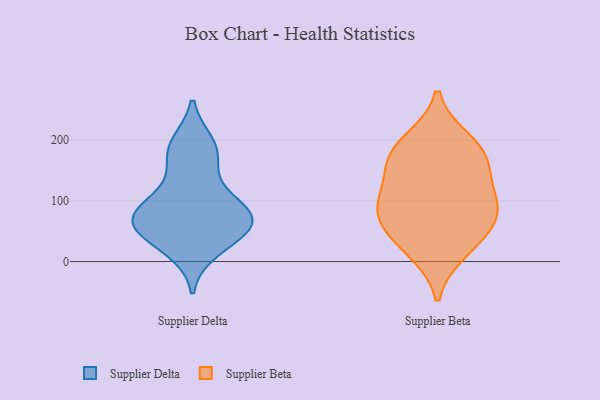
{"axis": {"x": "Backlog", "y": "Value"}, "legend": ["Supplier Beta", "Supplier Delta"], "data": [{"x": "", "y": 73, "type": "Supplier Delta"}, {"x": "", "y": 193, "type": "Supplier Delta"}, {"x": "", "y": 70, "type": "Supplier Delta"}, {"x": "", "y": 34, "type": "Supplier Delta"}, {"x": "", "y": 125, "type": "Supplier Delta"}, {"x": "", "y": 91, "type": "Supplier Delta"}, {"x": "", "y": 60, "type": "Supplier Delta"}, {"x": "", "y": 70, "type": "Supplier Delta"}, {"x": "", "y": 81, "type": "Supplier Delta"}, {"x": "", "y": 20, "type": "Supplier Delta"}, {"x": "", "y": 57, "type": "Supplier Delta"}, {"x": "", "y": 184, "type": "Supplier Delta"}, {"x": "", "y": 175, "type": "Supplier Delta"}, {"x": "", "y": 18, "type": "Supplier Beta"}, {"x": "", "y": 80, "type": "Supplier Beta"}, {"x": "", "y": 175, "type": "Supplier Beta"}, {"x": "", "y": 198, "type": "Supplier Beta"}, {"x": "", "y": 38, "type": "Supplier Beta"}, {"x": "", "y": 102, "type": "Supplier Beta"}, {"x": "", "y": 146, "type": "Supplier Beta"}, {"x": "", "y": 70, "type": "Supplier Beta"}, {"x": "", "y": 95, "type": "Supplier Beta"}, {"x": "", "y": 175, "type": "Supplier Beta"}]}